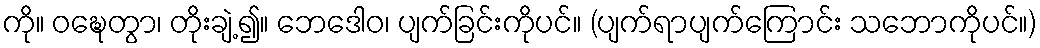
ကို။ ဝဍ္ဎေတွာ၊ တိုးချဲ့၍။ ဘေဒေါဝ၊ ပျက်ခြင်းကိုပင်။ (ပျက်ရာပျက်ကြောင်း သဘောကိုပင်။)